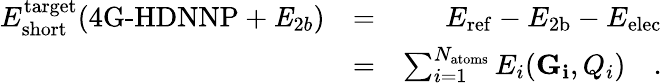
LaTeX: \begin{array}{rlr}{E_{\mathrm{short}}^{\mathrm{target}}({\textrm{4G-HDNNP}+\mathit{E}_{2b}})}&{=}&{E_{\mathrm{ref}}-E_{\mathrm{2b}}-E_{\mathrm{elec}}}\\ &{=}&{\sum_{i=1}^{N_{\mathrm{atoms}}}E_{i}(\mathbf{G_{i}},Q_{i})\quad.}\end{array}